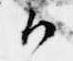
候